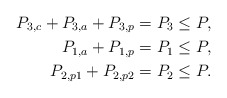
\begin{align*}P_{3,c}+P_{3,a} + P_{3,p} = P_3 &\leq P, \\P_{1,a} + P_{1,p} = P_1 &\leq P, \\P_{2,p1}+P_{2,p2} = P_2 &\leq P. \end{align*}